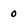
Character: 0